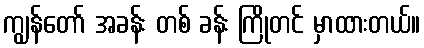
ကျွန်တော် အခန်း တစ် ခန်း ကြိုတင် မှာထားတယ်။